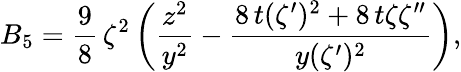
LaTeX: B_{5}={\frac{9}{8}}\, {\zeta^{2}\left(\frac{z^{2}}{y^{2}}-\frac{8\, t(\zeta^{\prime})^{2}+8\, t\zeta\zeta^{\prime\prime}}{y(\zeta^{\prime})^{2}}\right),}